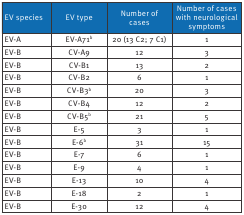
<table><thead><tr><td><b>EV species</b></td><td><b>EV type</b></td><td><b>Number of cases</b></td><td><b>Number of cases with neurological symptoms</b></td></tr></thead><tbody><tr><td>EV-A</td><td>EV-A71<sup>b</sup></td><td>20 (13 C2; 7 C1)</td><td>1</td></tr><tr><td>EV-B</td><td>CV-A9</td><td>12</td><td>3</td></tr><tr><td>EV-B</td><td>CV-B1</td><td>13</td><td>2</td></tr><tr><td>EV-B</td><td>CV-B2</td><td>6</td><td>1</td></tr><tr><td>EV-B</td><td>CV-B3<sup>b</sup></td><td>20</td><td>3</td></tr><tr><td>EV-B</td><td>CV-B4</td><td>12</td><td>2</td></tr><tr><td>EV-B</td><td>CV-B5<sup>b</sup></td><td>21</td><td>5</td></tr><tr><td>EV-B</td><td>E-5</td><td>3</td><td>1</td></tr><tr><td>EV-B</td><td>E-6<sup>b</sup></td><td>31</td><td>15</td></tr><tr><td>EV-B</td><td>E-7</td><td>6</td><td>1</td></tr><tr><td>EV-B</td><td>E-9</td><td>4</td><td>1</td></tr><tr><td>EV-B</td><td>E-13</td><td>10</td><td>4</td></tr><tr><td>EV-B</td><td>E-18</td><td>2</td><td>1</td></tr><tr><td>EV-B</td><td>E-30</td><td>12</td><td>4</td></tr></tbody></table>